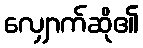
လျှောက်ဆို၏